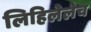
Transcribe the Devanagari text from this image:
लिहिलेलेच